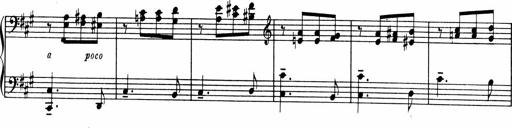
Title: Sonatine pour piano
Composer: Albert Roussel